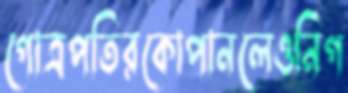
গোত্রপতিরকোপানলেওনিগ